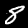
Digit: 8